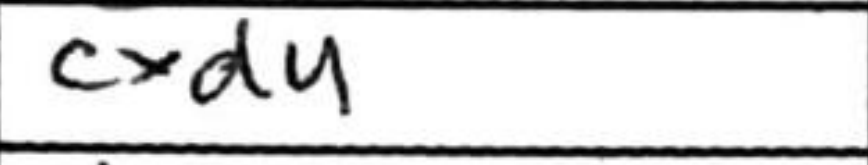
Transcription: cxd4